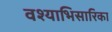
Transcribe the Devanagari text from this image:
वश्याभिसारिका